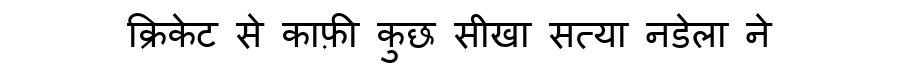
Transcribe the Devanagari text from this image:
क्रिकेट से काफ़ी कुछ सीखा सत्या नडेला ने